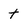
Character: t